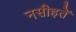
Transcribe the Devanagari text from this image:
नसीहतें